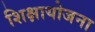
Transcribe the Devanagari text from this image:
शिक्षायोजना